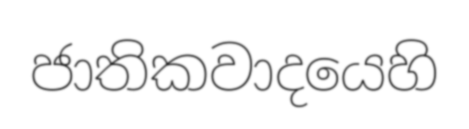
ජාතිකවාදයෙහි